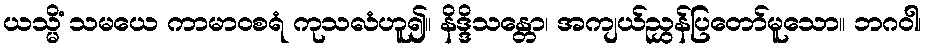
ယသ္မိံ သမယေ ကာမာဝစရံ ကုသလံဟူ၍။ နိဒ္ဒိသန္တော၊ အကျယ်ညွှန်ပြတော်မူသော။ ဘဂဝါ၊